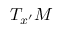
T _ { x ^ { \prime } } M